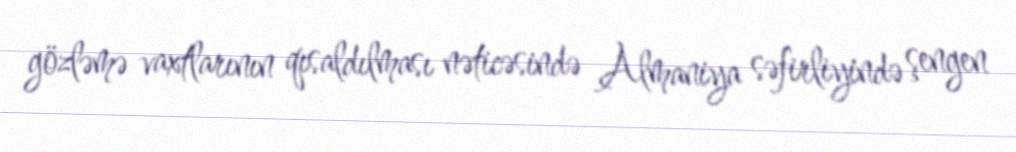
gözləmə vaxtlarının qısaldılması nəticəsində Almaniya səfirliyində şengen